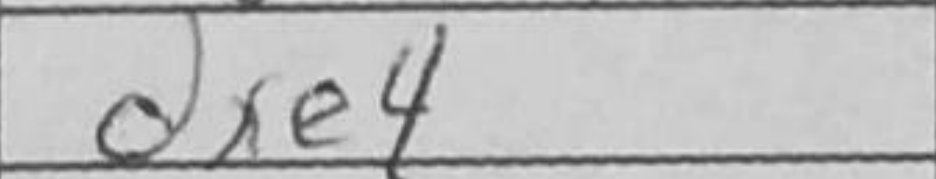
Transcription: dxe4